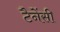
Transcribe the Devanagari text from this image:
टैनेंसी